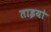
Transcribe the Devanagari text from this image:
ताइयो